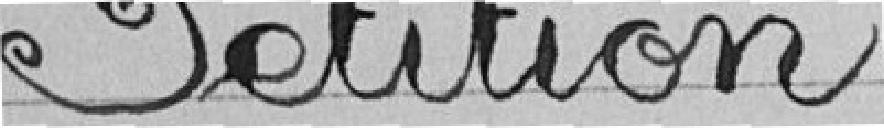
Pétition